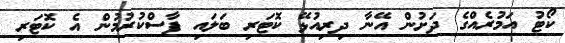
ކޯޓު އަމުރެއްގެ ދަށުން އޭނާ ދިރިއުޅޭ ކޮޓަރި ބަލައި ފާސްކުރުމުން އެ ކޮޓަރި